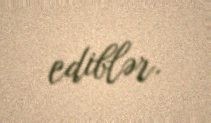
ediblər.